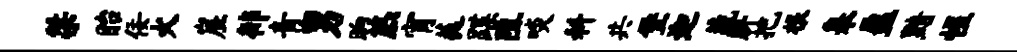
桀眙佞火崖徘青男晌煞宵蕤蹀阻啖料共堡迦蔬胼把根皋盈黯惺